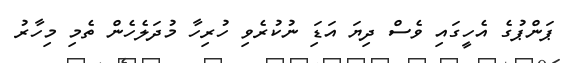
ޕަންޕުގެ އެހީގައި ވެސް ދިޔަ އަޑަި ނުކުރެވި ހުރިހާ މުދަލެހެން ތެމި މިހާރު